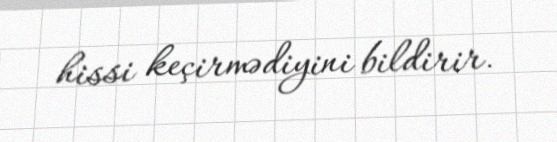
hissi keçirmədiyini bildirir.